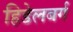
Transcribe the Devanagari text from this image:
हिडेलबर्ग